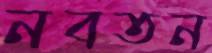
নবতন